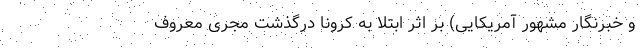
و خبرنگار مشهور آمریکایی) بر اثر ابتلا به کرونا درگذشت مجری معروف